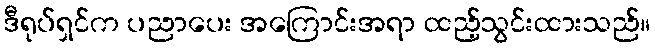
ဒီရုပ်ရှင်က ပညာပေး အကြောင်းအရာ ထည့်သွင်းထားသည်။